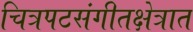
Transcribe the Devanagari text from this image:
चित्रपटसंगीतक्षेत्रात